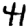
Digit: 4